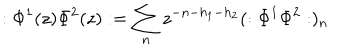
: \Phi ^ { 1 } ( z ) \Phi ^ { 2 } ( z ) : = \sum _ { n } z ^ { - n - h _ { 1 } - h _ { 2 } } ( : \Phi ^ { 1 } \Phi ^ { 2 } : ) _ { n }